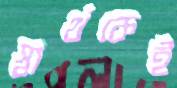
স্বার্থকেই